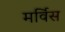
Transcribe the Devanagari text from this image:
मर्विस